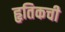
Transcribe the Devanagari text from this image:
हृतिकची